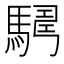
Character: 𩤫